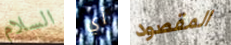
السلام أي المقصود